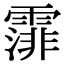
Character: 𩄼